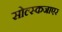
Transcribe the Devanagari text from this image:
सोल्स्कजाएर